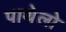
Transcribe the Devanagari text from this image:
पाथेलो